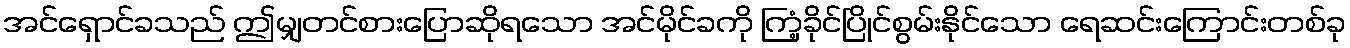
အင်ရှောင်ခသည် ဤမျှတင်စားပြောဆိုရသော အင်မိုင်ခကို ကြံ့ခိုင်ပြိုင်စွမ်းနိုင်သော ရေဆင်းကြောင်းတစ်ခု